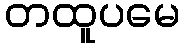
တထူပမေ